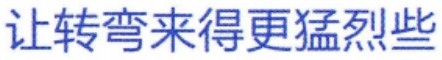
让转弯来得更猛烈些